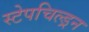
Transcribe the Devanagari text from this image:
स्टेपचिल्ड्रन